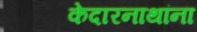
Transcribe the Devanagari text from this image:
केदारनाथांना